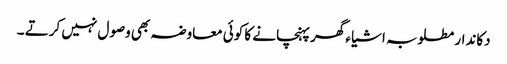
دکاندار مطلوبہ اشیا ء گھر پہنچانے کا کوئی معاوضہ بھی وصول نہیں کرتے ۔